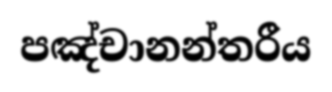
පඤ්චානන්තරීය